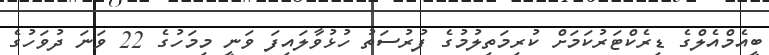
ބީއެމްއެލްގެ ޑިރެކްޓަރުކަމަށް ކުރިމަތިލުމުގެ ފުރުސަތު ހުޅުވާލައިފަ ވަނީ މިމަހުގެ 22 ވަނަ ދުވަހުގެ